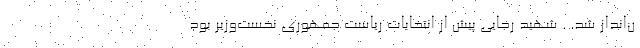
ن‌انداز شد. . شهید رجایی پیش‌ از انتخابات ریاست جمهوری نخست‌وزیر بود